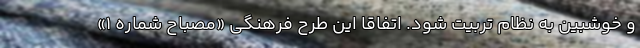
و خوشبین به نظام تربیت شود. اتفاقاً این طرح فرهنگی «مصباح شماره ۱»